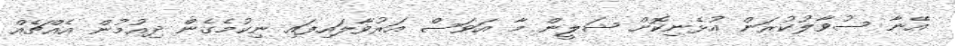
އޭނާ ސުވާލުކުރަން އުޅެނިކޮށް ޝަލީން މާ އަވަސް އަރުވާލައިފައި ނިކުމެގެން ދިއުމުން އެއްޗެއް